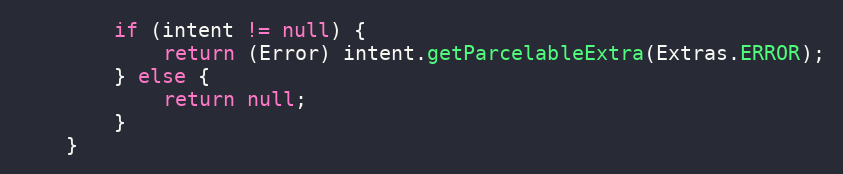
Language: Java
		if (intent != null) {
			return (Error) intent.getParcelableExtra(Extras.ERROR);
		} else {
			return null;
		}
	}